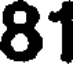
81